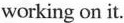
working on it.